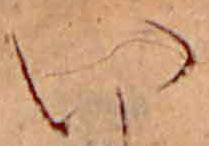
い